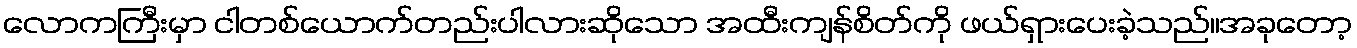
လောကကြီးမှာ ငါတစ်ယောက်တည်းပါလားဆိုသော အထီးကျန်စိတ်ကို ဖယ်ရှားပေးခဲ့သည်။အခုတော့